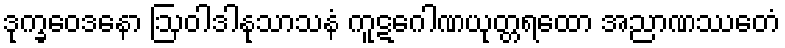
ဒုက္ခဝေဒနော ဩဝါဒါနုသာသနံ ကူဋဂေါဏယုတ္တရထော အညာဏဿေတံ